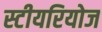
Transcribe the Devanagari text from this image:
स्टीयरियोज